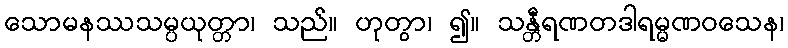
သောမနဿသမ္ပယုတ္တာ၊ သည်။ ဟုတွာ၊ ၍။ သန္တီရဏတဒါရမ္မဏဝသေန၊